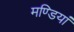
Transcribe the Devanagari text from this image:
मण्डियां